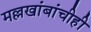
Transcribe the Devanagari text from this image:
मल्लखांबांचीही